Annual vaccination report of Bihar and Orissa - 1911-1928
Year: 1911
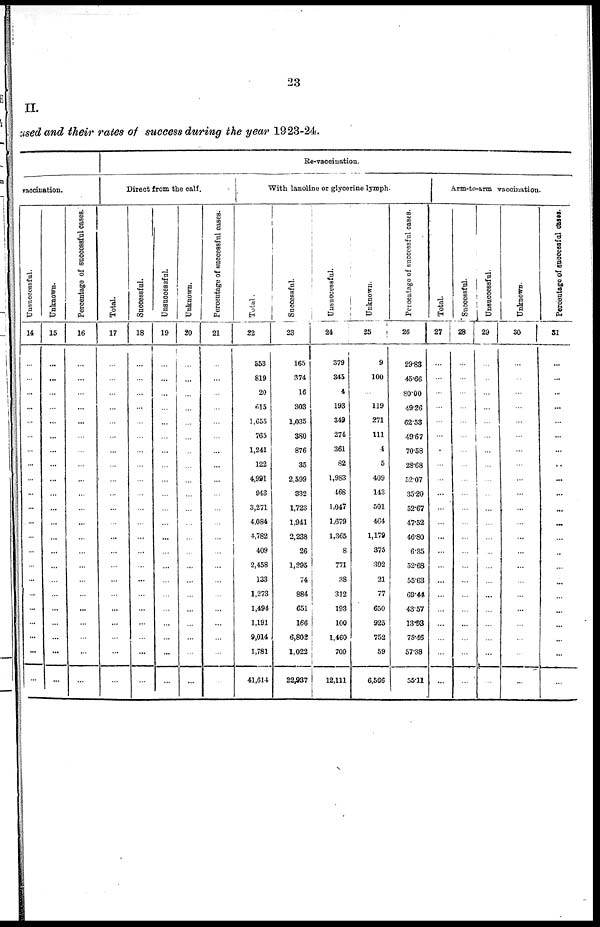
23
II.
used and their rates of success during the year 1923-24.
vaccination.
Unsuccessful.
14
...
...
...
...
...
...
...
...
...
...
...
...
...
...
...
...
...
...
...
...
...
...
Unknown.
15
...
...
...
...
...
...
...
...
...
...
...
...
...
...
...
...
...
...
...
...
...
...
Percentage of successful cases.
16
...
...
...
...
...
...
...
...
...
...
...
...
...
...
...
...
...
...
...
...
...
...
Re-vaccination.
Direct from the calf.
Total.
17
...
...
...
...
...
...
...
...
...
...
...
...
...
...
...
...
...
...
...
...
...
...
Successful.
18
...
...
...
...
...
...
...
...
...
...
...
...
...
...
...
...
...
...
...
...
...
...
Unsuccessful.
19
...
...
...
...
...
...
...
...
...
...
...
...
...
...
...
...
...
...
...
...
...
...
Unknown.
20
...
...
...
...
...
...
...
...
...
...
...
...
...
...
...
...
...
...
...
...
...
...
Percentage of successful cases.
21
...
...
...
...
...
...
...
...
...
...
...
...
...
...
...
...
...
...
...
...
...
...
With lanoline or glycerine lymph.
Total.
22
553
819
20
615
1,655
765
1,241
122
4,991
943
3,271
4,084
4,782
409
2,458
133
1,273
1,494
1,191
9,014
1,781
41,614
Successful.
23
165
374
16
303
1,035
380
876
35
2,599
332
1,723
1,941
2,238
26
1,295
74
884
651
166
6,802
1,022
22,937
Unsuccessful.
24
379
345
4
193
349
274
361
82
1,983
468
1,047
1,679
1,365
8
771
38
312
193
100
1,460
700
12,111
Unknown.
25
9
100
...
119
271
111
4
5
409
143
501
464
1,179
375
392
21
77
650
925
752
59
6,566
Percentage of successful cases.
26
29.83
45.66
80.00
49.26
62.53
49.67
70.58
28.68
52.07
35.20
52.67
47.52
46.80
6.35
52.68
55.63
69.44
43.57
13.93
75.46
57.38
55.11
Arm-to-arm vaccination.
Total.
27
...
...
...
...
...
...
...
...
...
...
...
...
...
...
...
...
...
...
...
...
...
...
Successful.
28
...
...
...
...
...
...
...
...
...
...
...
...
...
...
...
...
...
...
...
...
...
...
Unsuccessful.
29
...
...
...
...
...
...
...
...
...
...
...
...
...
...
...
...
...
...
...
...
...
...
Unknown.
30
...
...
...
...
...
...
...
...
...
...
...
...
...
...
...
...
...
...
...
...
...
...
Percentage of successful cases.
31
...
...
...
...
...
...
...
...
...
...
...
...
...
...
...
...
...
...
...
...
...
...